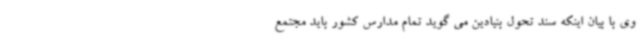
وی با بیان اینکه سند تحول بنیادین می گوید تمام مدارس کشور باید مجتمع